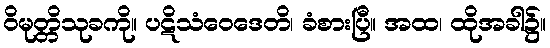
ဝိမုတ္တိသုခကို။ ပဋိသံဝေဒေတိ၊ ခံစားပြီ။ အထ၊ ထိုအခါ၌။